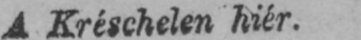
A Kréschelen hiér.